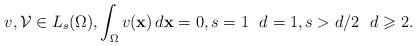
LaTeX: \begin{align*}v,\mathcal{V}\in L_s(\Omega),\int _{\Omega}v(\mathbf{x})\,d\mathbf{x}=0,s=1\ \ d=1,s>d/2\ \ d\geqslant 2.\end{align*}